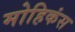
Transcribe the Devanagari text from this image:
मोहिकंस